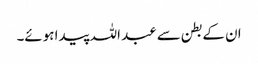
ان کے بطن سے عبد اللہ پیدا ہوئے۔